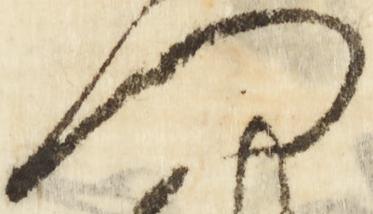
門